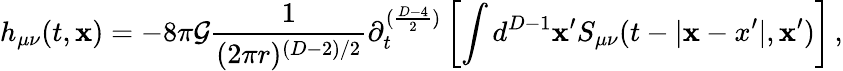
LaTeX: h_{\mu\nu}(t,{\mathbf x})=-8\pi{\cal G}\frac{1}{(2\pi r)^{(D-2)/2}}\partial_{t}^{(\frac{D-4}{2})}\left[\int d^{D-1}{\mathbf x^{\prime}}S_{\mu\nu}(t-|{\mathbf x-x^{\prime}}|,{\mathbf x^{\prime}})\right]\, ,